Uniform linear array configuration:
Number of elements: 64
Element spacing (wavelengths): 1
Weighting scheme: cosine
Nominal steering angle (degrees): -30
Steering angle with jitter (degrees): -28.074
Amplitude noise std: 0.05
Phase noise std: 0.05

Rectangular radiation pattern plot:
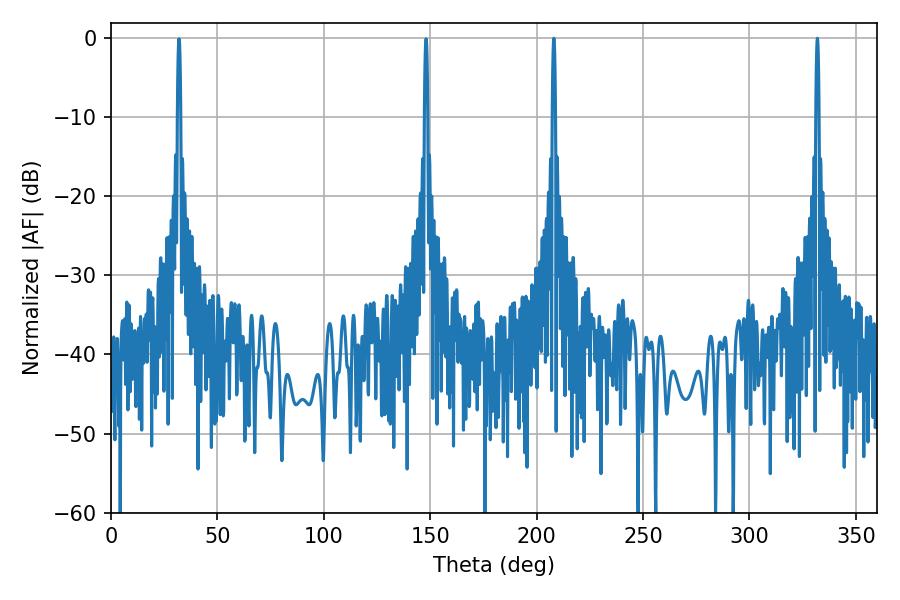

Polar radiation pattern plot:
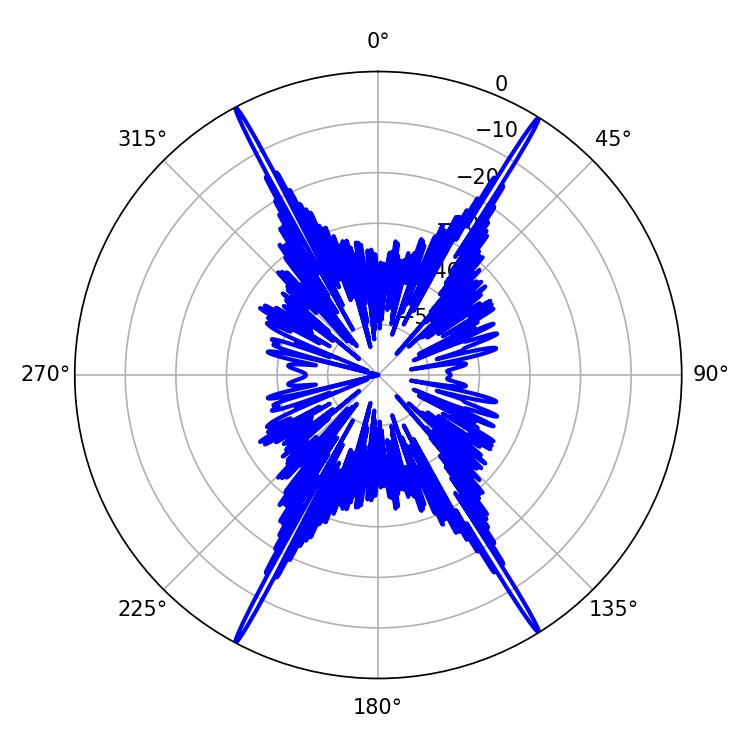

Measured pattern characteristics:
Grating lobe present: TRUE
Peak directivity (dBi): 28.478
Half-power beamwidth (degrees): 0.72
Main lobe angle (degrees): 208.08